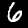
Digit: 6